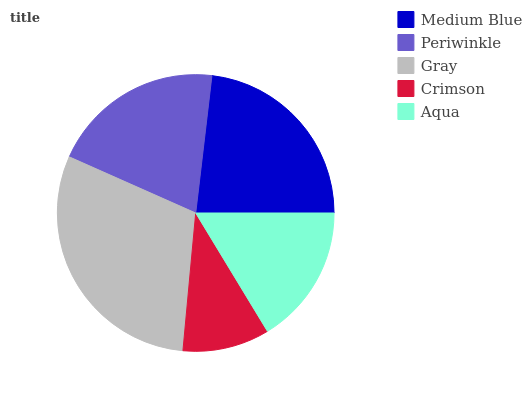
| Medium Blue | Periwinkle | Gray | Crimson | Aqua |
 | --- | --- | --- | --- | --- |
 | 23.1% | 20.2% | 30.2% | 10.1% | 16.4% |